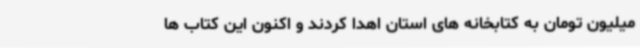
میلیون تومان به کتابخانه های استان اهدا کردند و اکنون این کتاب ها